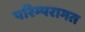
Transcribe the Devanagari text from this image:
परिम्परागत